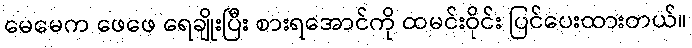
မေမေက ဖေဖေ ရေချိုးပြီး စားရအောင်ကို ထမင်းဝိုင်း ပြင်ပေးထားတယ်။